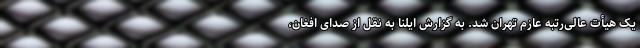
یک هیأت عالی‌رتبه عازم تهران شد. به گزارش ایلنا به نقل از صدای افغان،